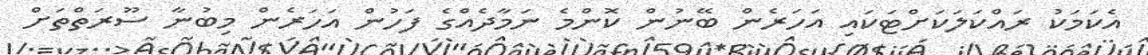
އެކަމަކު ރައްކަލަކަށްޓަކައި އަހަރެން ބޭނުން ކޮންމެ ނަމާދެއްގެ ފަހުން އަހަރެން މިބުނާ ސޫރަތްތަށް